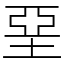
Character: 堊